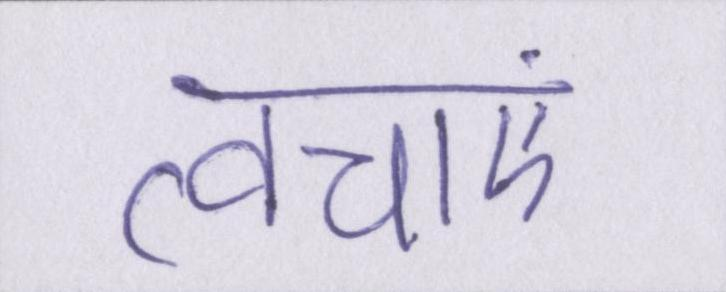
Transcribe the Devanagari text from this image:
त्वचाएं